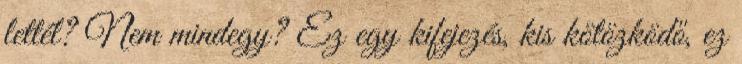
lettél? Nem mindegy? Ez egy kifejezés, kis kötözködő, ez